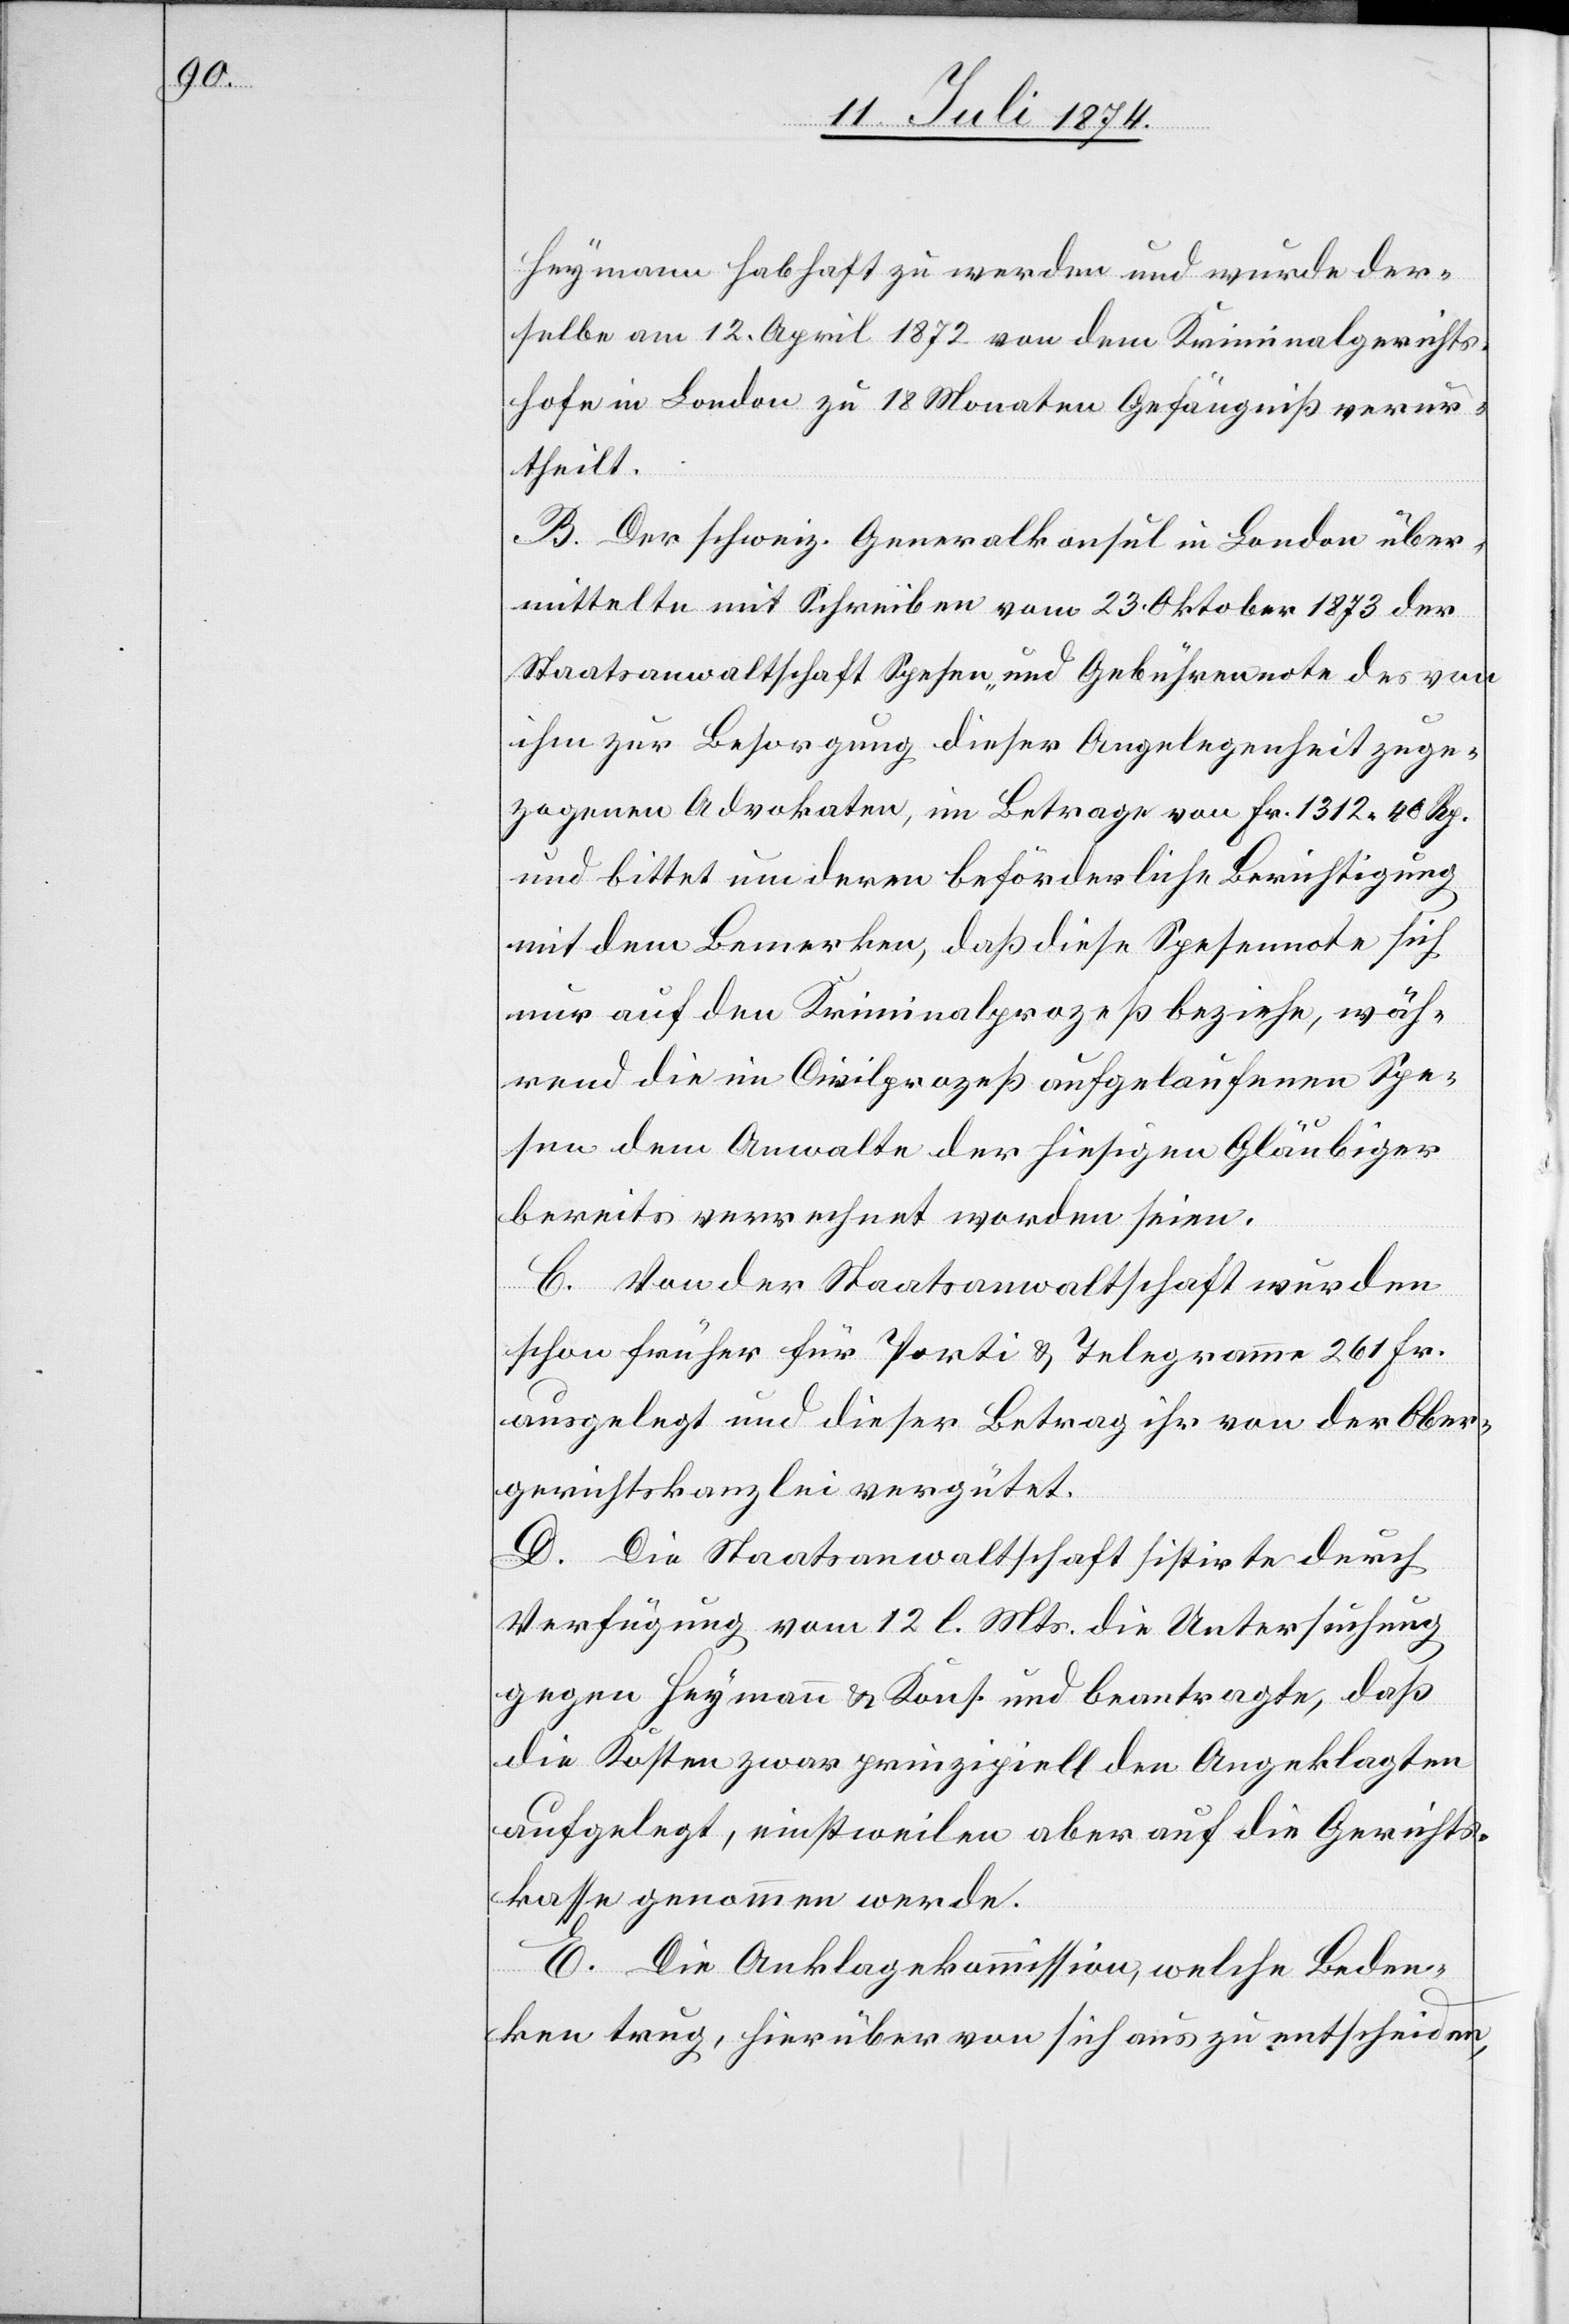
Heymann habhaft zu werden und wurde der¬
selbe am 12. April 1872 von dem Kriminalgerichts¬
hofe in London zu 18 Monaten Gefängniß verur¬
theilt.
B. Der schweiz. Generalkonsul in London über¬
mittelte mit Schreiben vom 23. Oktober 1873 der
Staatsanwaltschaft Spesen- und Gebührennote des von
ihm zur Besorgung dieser Angelegenheit zuge¬
zogenen Advokaten, im Betrage von Fr. 1312.40 Rp.
und bittet um deren beförderliche Berichtigung
mit dem Bemerken, daß diese Spesennote sich
nur auf den Kriminalprozeß beziehe, wäh¬
rend die im Civilprozeß aufgelaufenen Spe¬
sen dem Anwalte der hiesigen Gläubiger
bereits verrechnet worden seien.
C. Von der Staatsanwaltschaft wurden
schon früher für Porti u. Telegramme 261. Fr.
ausgelegt und dieser Betrag ihr von der Ober¬
gerichtskanzlei vergütet.
D. Die Staatsanwaltschaft sistirte durch
Verfügung vom 12. l. Mts. die Untersuchung
gegen Heymann u. Kons. und beantragte, daß
die Kosten zwar prinzipiell den Angeklagten
aufgelegt, einstweilen aber auf die Gerichts¬
kasse genommen werde[n].
E. Die Anklagekommission, welche Beden¬
ken trug, hierüber von sich aus zu entscheiden,